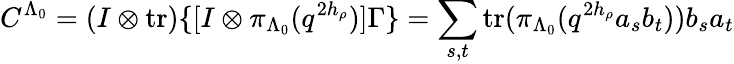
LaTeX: C^{\Lambda_{0}}=(I\otimes\mathrm{tr})\{ [I\otimes\pi_{\Lambda_{0}}(q^{2h_{\rho}})]\Gamma\} =\sum_{s,t}\mathrm{tr}(\pi_{\Lambda_{0}}(q^{2h_{\rho}}a_{s}b_{t}))b_{s}a_{t}